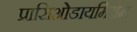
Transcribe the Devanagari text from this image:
प्रासिओडायमियम